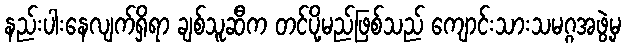
နည်းပါးနေလျက်ရှိရာ ချစ်သူဆီက တင်ပို့မည်ဖြစ်သည် ကျောင်းသားသမဂ္ဂအဖွဲ့မှ